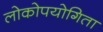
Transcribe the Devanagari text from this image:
लोकोपयोगिता